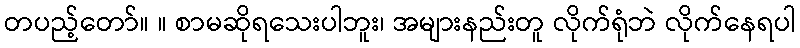
တပည့်တော်။ ။ စာမဆိုရသေးပါဘူး၊ အများနည်းတူ လိုက်ရုံဘဲ လိုက်နေရပါ